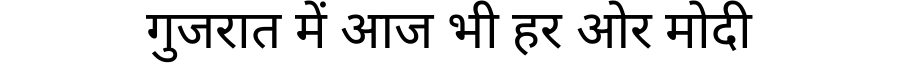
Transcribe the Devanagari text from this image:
गुजरात में आज भी हर ओर मोदी